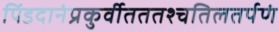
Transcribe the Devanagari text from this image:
पिंडदानंप्रकुर्वीतततश्चतिलतर्पणं